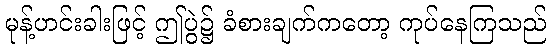
မုန့်ဟင်းခါးဖြင့် ဤပွဲ၌ ခံစားချက်ကတော့ ကုပ်နေကြသည်